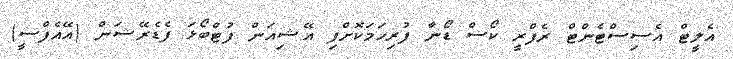
އެލީޓް އެސިސްޓެންޓް ރެފްރީ ކޯސް ޑޯނާ ފުރިހަމަކޮށްފި އޭޝިއަން ފުޓްބޯޅަ ފެޑެރޭޝަން (އޭއެފްސީ)